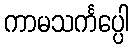
ကာမသင်္ကပ္ပေါ